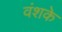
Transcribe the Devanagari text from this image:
वंशके